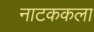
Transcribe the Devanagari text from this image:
नाटककला